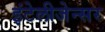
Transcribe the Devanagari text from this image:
इंटेलीजेन्सर